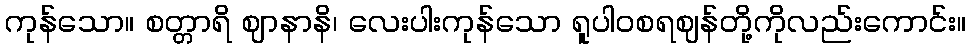
ကုန်သော။ စတ္တာရိ ဈာနာနိ၊ လေးပါးကုန်သော ရူပါဝစရဈန်တို့ကိုလည်းကောင်း။